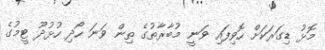
މޮޅު ޑިގަރަކަށް ހޮވިފައި ވަނީ މުބާރާތުގެ ތިން ވަނަ ހޯދި ހުޅުދޫ ޓީމުގެ